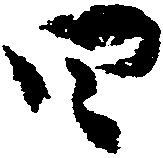
四